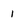
Character: 1